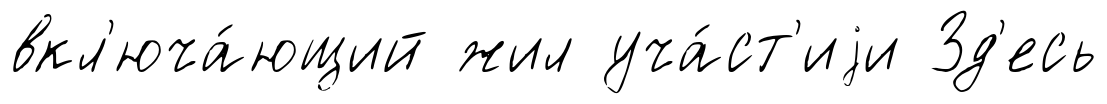
вкл'юча́ющий жил уча́ст'иjи Зд'есь